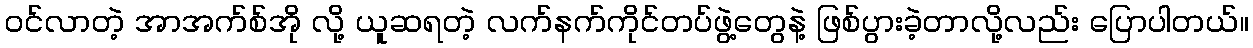
ဝင်လာတဲ့ အာအက်စ်အို လို့ ယူဆရတဲ့ လက်နက်ကိုင်တပ်ဖွဲ့တွေနဲ့ ဖြစ်ပွားခဲ့တာလို့လည်း ပြောပါတယ်။